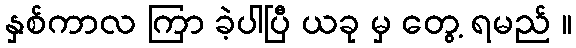
နှစ်ကာလ ကြာ ခဲ့ပါပြီ ယခု မှ တွေ့ ရမည် ။